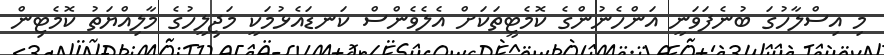
މި އިސްލާހުގަ ބުނެފަވަނީ އަންހެނުންގެ ކޮމެޓީތަކަށް އެލެވެންސް ކަނޑައެޅުމަކީ މަޖިލީހުގެ މާލިއްޔަތު ކޮމެޓިން